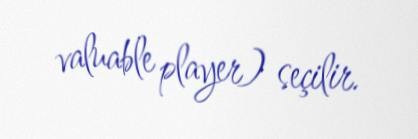
valuable player) seçilir.